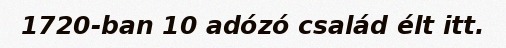
1720-ban 10 adózó család élt itt.